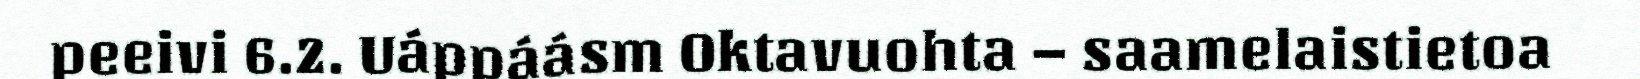
peeivi 6.2. Uáppáásm Oktavuohta – saamelaistietoa